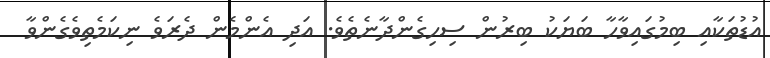
އުޑުތަކާއި ބިމުގައިވާހާ ބަޔަކު ބިރުން ސިހިގެންދާނެތެވެ. އަދި އެންމެން ދެރަވެ ނިކަމެތިވެގެންވާ